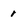
Character: r